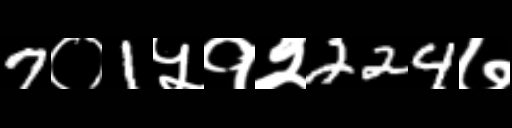
Text: 7०1५१२224७